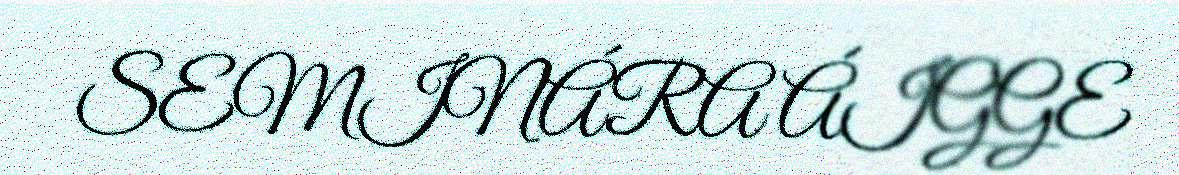
SEMINÁRA ÁIGGE